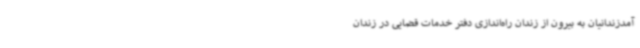
آمدزندانیان به بیرون از زندان راه‌اندازی دفتر خدمات قضایی در زندان